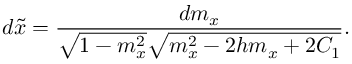
d \tilde { x } = \frac { d m _ { x } } { \sqrt { 1 - m _ { x } ^ { 2 } } \sqrt { m _ { x } ^ { 2 } - 2 h m _ { x } + 2 C _ { 1 } } } .